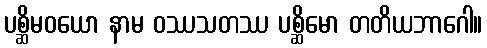
ပစ္ဆိမဝယော နာမ ဝဿသတဿ ပစ္ဆိမော တတိယဘာဂေါ။